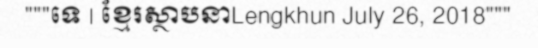
"""ទេ | ខ្មែរស្ថាបនាLengkhun July 26, 2018"""